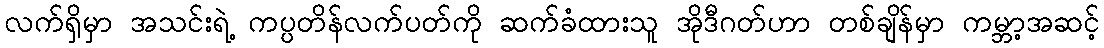
လက်ရှိမှာ အသင်းရဲ့ ကပ္ပတိန်လက်ပတ်ကို ဆက်ခံထားသူ အိုဒီဂတ်ဟာ တစ်ချိန်မှာ ကမ္ဘာ့အဆင့်